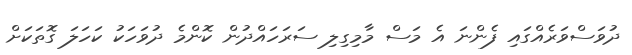
ދުވަސްވަރެއްގައި ފެންނަ އެ މަސް މާމިގިލި ސަރަހައްދުން ކޮންމެ ދުވަހަކު ކަހަލަ ގޮތަކަށް